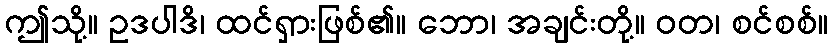
ဤသို့။ ဥဒပါဒိ၊ ထင်ရှားဖြစ်၏။ ဘော၊ အချင်းတို့။ ဝတ၊ စင်စစ်။